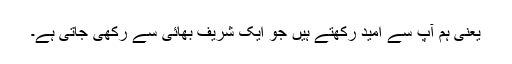
یعنی ہم آپ سے اُمید رکھتے ہیں جو ایک شریف بھائی سے رَکھی جاتی ہے۔